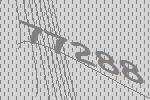
77288